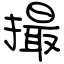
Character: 撮